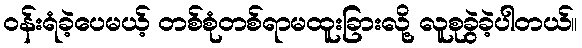
ဝန်းရံခဲ့ပေမယ့် တစ်စုံတစ်ရာမထူးခြားလို့ လူစုခွဲခဲ့ပါတယ်။